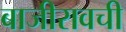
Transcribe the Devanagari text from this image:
बाजीरावची